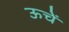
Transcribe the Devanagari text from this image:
ऊचें